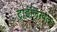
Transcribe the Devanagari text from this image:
ट्राईलिंग्वल